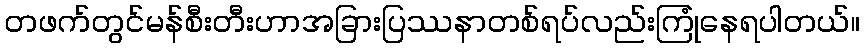
တဖက်တွင်မန်စီးတီးဟာအခြားပြဿနာတစ်ရပ်လည်းကြုံနေရပါတယ်။